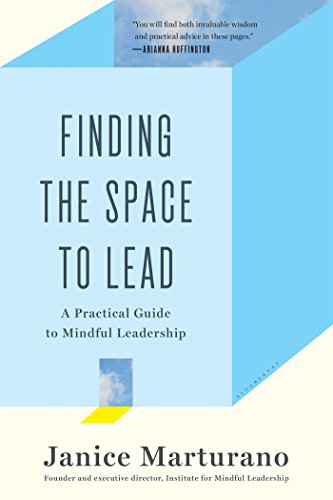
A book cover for Finding the Space to Lead: A Practical Guide to Mindful Leadership; Janice Marturano; Medical Books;